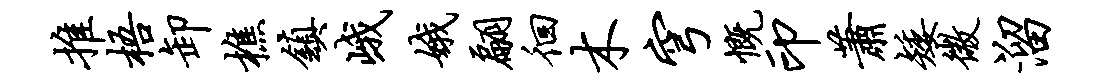
推梧卸樵镇峨娥翩徊木穹慨印萧矮微溜